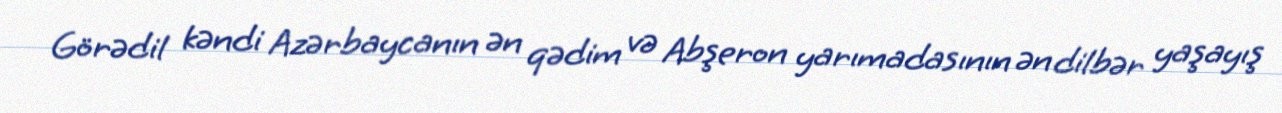
Görədil kəndi Azərbaycanın ən qədim və Abşeron yarımadasının ən dilbər yaşayış